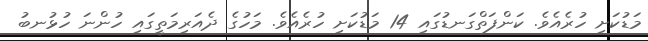
މަޑުކަށި ހުރެއެވެ. ކަންފަތްގަނޑުގައި 14 މަޑުކަށި ހުރެއެވެ. މަހުގެ ދެއަރިމަތީގައި ހުންނަ ހުޅުނބު